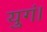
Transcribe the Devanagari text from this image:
युगं।